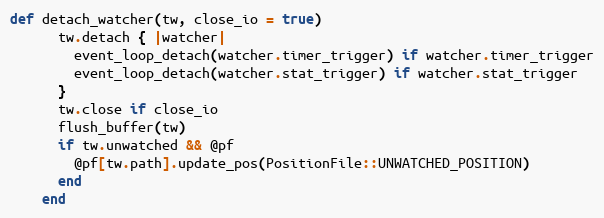
Language: Ruby
def detach_watcher(tw, close_io = true)
      tw.detach { |watcher|
        event_loop_detach(watcher.timer_trigger) if watcher.timer_trigger
        event_loop_detach(watcher.stat_trigger) if watcher.stat_trigger
      }
      tw.close if close_io
      flush_buffer(tw)
      if tw.unwatched && @pf
        @pf[tw.path].update_pos(PositionFile::UNWATCHED_POSITION)
      end
    end